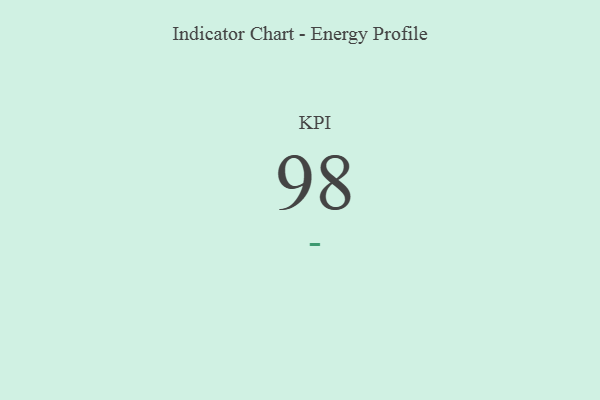
{"axis": {"x": "KPI", "y": "Value"}, "legend": [""], "data": [{"x": "KPI", "y": 98, "type": ""}]}